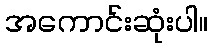
အကောင်းဆုံးပါ။